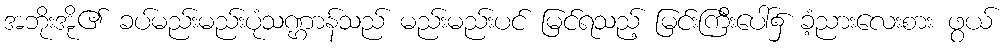
အဘိုးအို၏ ခပ်မည်းမည်းပုံသဏ္ဌာန်သည် မည်းမည်းပင် မြင်ရသည့် မြင်းကြီးပေါ်၌ ခံ့ညားလေးစား ဖွယ်